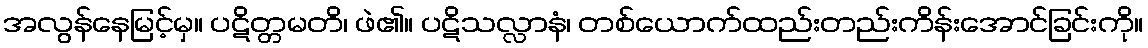
အလွန်နေမြင့်မှ။ ပဋိတ္တမတိ၊ ဖဲ၏။ ပဋိသလ္လာနံ၊ တစ်ယောက်ထည်းတည်းကိန်းအောင်ခြင်းကို။